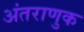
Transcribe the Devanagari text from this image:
अंतराणुक